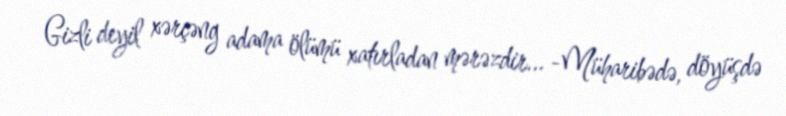
Gizli deyil xərçəng adama ölümü xatırladan mərəzdir... -Müharibədə, döyüşdə